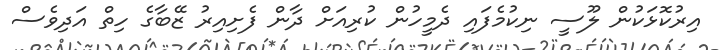
އިރުކޮޅަކުން ލޫސީ ނިކުމެފައި ދެމީހުން ކުރިއަށް ދާން ފެށިއިރު ޒޭބާގެ ހިތް އަދިވެސް